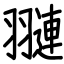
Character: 翴